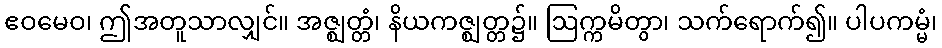
ဧဝမေဝ၊ ဤအတူသာလျှင်။ အဇ္ဈတ္တံ၊ နိယကဇ္ဈတ္တ၌။ ဩက္ကမိတွာ၊ သက်ရောက်၍။ ပါပကမ္မံ၊